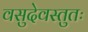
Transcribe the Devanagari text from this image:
वसुदेवस्तुतः